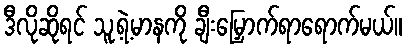
ဒီလိုဆိုရင် သူ့ရဲ့မာနကို ချီးမြှောက်ရာရောက်မယ်။